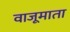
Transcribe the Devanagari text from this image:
वाजूमाता